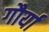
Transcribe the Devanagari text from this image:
गौर्या